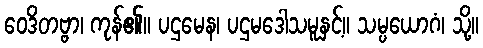
ဝေဒိတဗ္ဗာ၊ ကုန်၏။ ပဌမေန၊ ပဌမဒေါသမူနှင့်။ သမ္ပယောဂံ၊ သို့။